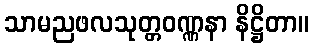
သာမညဖလသုတ္တဝဏ္ဏနာ နိဋ္ဌိတာ။